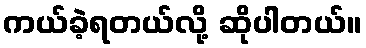
ကယ်ခဲ့ရတယ်လို့ ဆိုပါတယ်။